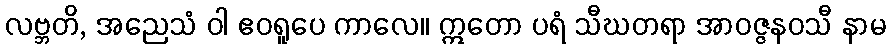
လဗ္ဘတိ, အညေသံ ဝါ ဧဝရူပေ ကာလေ။ ဣတော ပရံ သီဃတရာ အာဝဇ္ဇနဝသီ နာမ